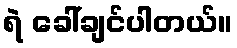
ရဲ ခေါ်ချင်ပါတယ်။